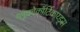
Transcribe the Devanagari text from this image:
ग्लूकोकॉर्टिकाय्ड्स